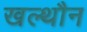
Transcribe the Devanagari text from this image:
खल्थौन